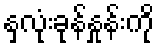
နှလုံးခုန်နှုန်းကို